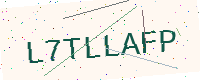
Text: L7TLLAFP